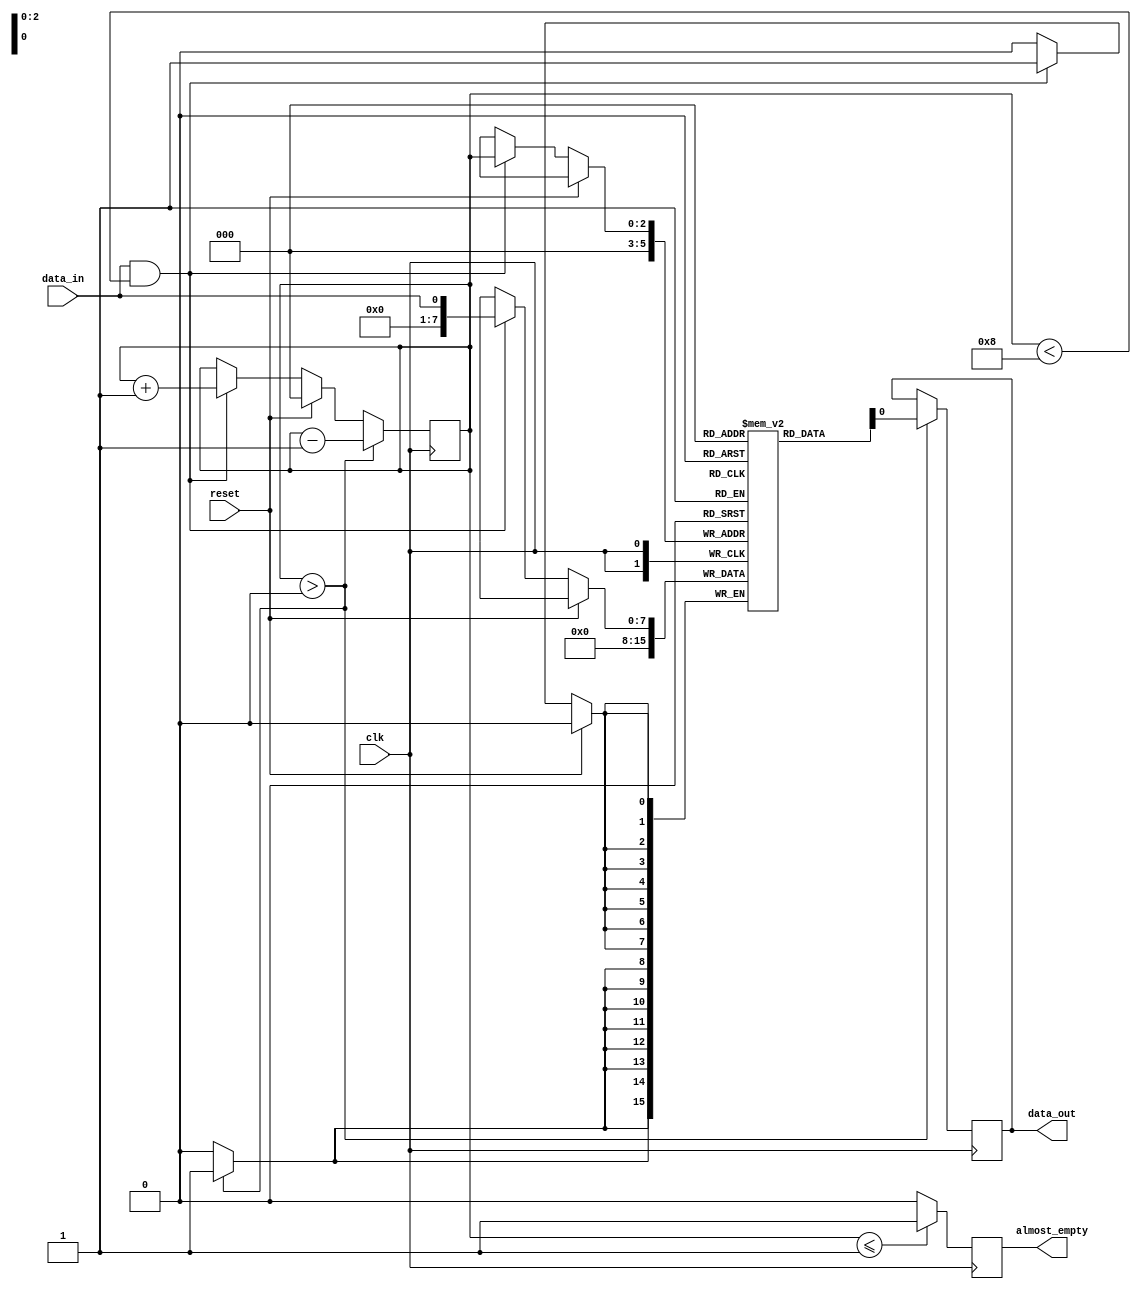
module almost_empty_fifo (
    input wire clk,            // Clock signal
    input wire reset,          // Reset signal
    input wire data_in,        // Input data
    output reg data_out,       // Output data
    output reg almost_empty    // Almost empty signal
);

reg [7:0] fifo [0:7];         // FIFO buffer with 8 entries
reg [2:0] fill_level;         // Fill level of the FIFO buffer

always @(posedge clk) begin
    if (reset) begin
        fill_level <= 0;      // Reset fill level
    end else begin
        if (data_in != 8'h00 && fill_level < 8) begin
            fifo[fill_level] <= data_in;    // Store data in FIFO buffer
            fill_level <= fill_level + 1;   // Increment fill level
        end
    end

    if (fill_level <= 1) begin
        almost_empty <= 1;      // Set almost empty signal
    end else begin
        almost_empty <= 0;
    end

    if (fill_level > 0) begin
        data_out <= fifo[0];    // Retrieve data from FIFO buffer
        fifo[0] <= 8'h00;       // Clear data entry
        fill_level <= fill_level - 1;   // Decrement fill level
    end
end

endmodule